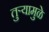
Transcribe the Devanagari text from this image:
तुर्‍यामुळे